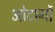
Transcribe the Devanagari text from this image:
ओटार्गो